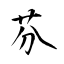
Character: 芬